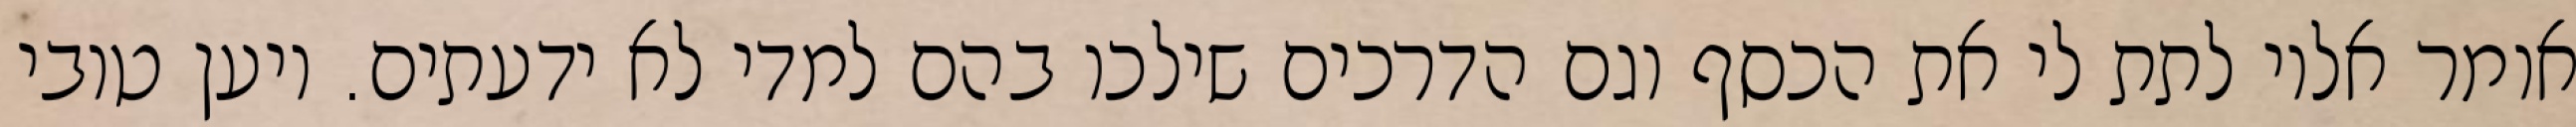
אומר אליו לתת לי את הכסף וגם הדרכים שילכו בהם למדי לא ידעתים. ויען טובי